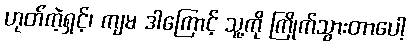
ဟုတ်ကဲ့ရှင့်၊ ကျမ ဒါကြောင့် သူ့ကို ကြိုက်သွားတာပေါ့